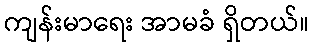
ကျန်းမာရေး အာမခံ ရှိတယ်။